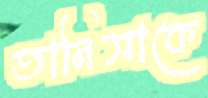
তানিসাকে